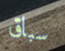
سباق